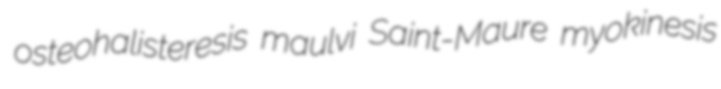
osteohalisteresis maulvi Saint-Maure myokinesis